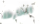
الخارطة